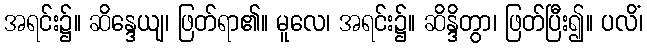
အရင်း၌။ ဆိန္ဒေယျ၊ ဖြတ်ရာ၏။ မူလေ၊ အရင်း၌။ ဆိန္ဒိတွာ၊ ဖြတ်ပြီး၍။ ပလိံ၊